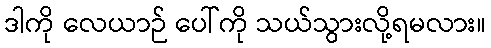
ဒါကို လေယာဉ် ပေါ်ကို သယ်သွားလို့ရမလား။